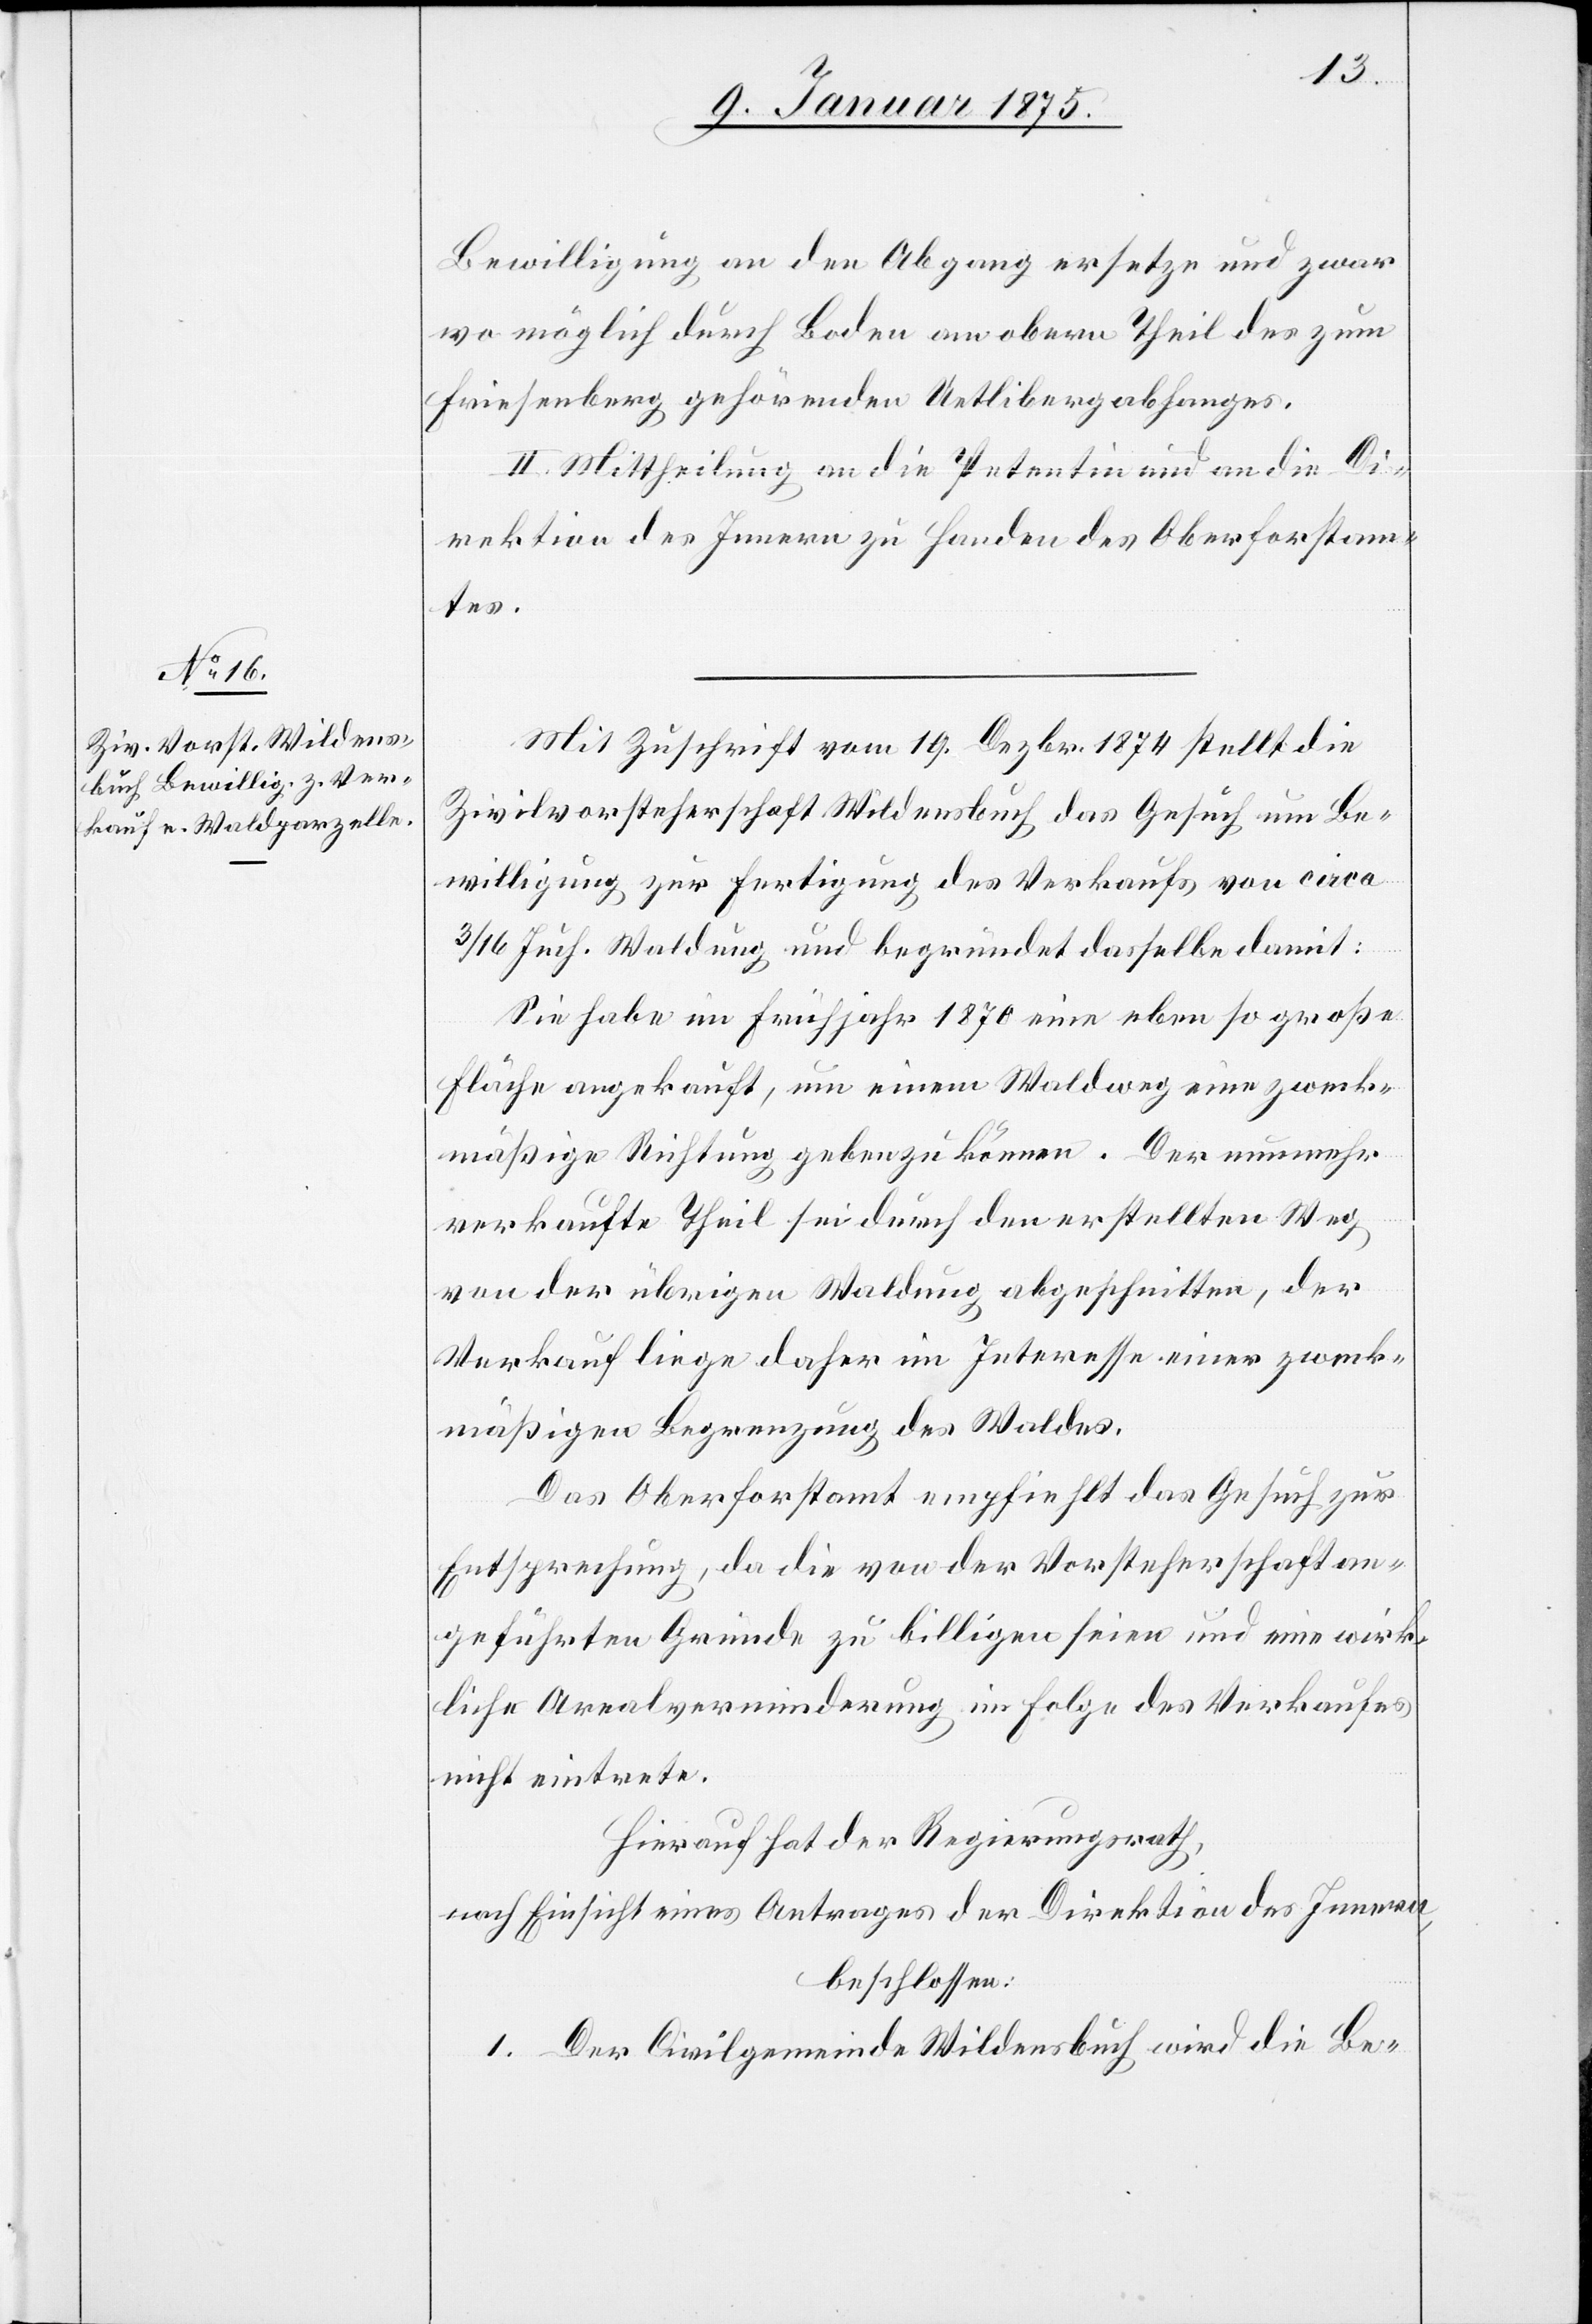
Bewilligung an den Abgang ersetze und zwar
wo möglich durch Boden am obern Theil des zum
Friesenberg gehörenden Uetlibergabhanges.
II. Mittheilung an die Petentin und an die Di¬
rektion des Innern zu Handen des Oberforstam¬
tes.
Mit Zuschrift vom 19. Dezbr. 1874 stellt die
Zivilvorsteherschaft Wildensbuch das Gesuch um Be¬
willigung zur Fertigung des Verkaufs von circa
3/16 Juch. Waldung und begründet dasselbe damit:
Sie habe im Frühjahr 1876 eine eben so große
Fläche angekauft, um einem Waldweg eine zweck¬
mäßige Richtung geben zu können. Der nunmehr
verkaufte Theil sei durch den erstellten Weg
von der übrigen Waldung abgeschnitten, der
Verkauf liege daher im Interesse einer zweck¬
mäßigen Begrenzung des Waldes.
Das Oberforstamt empfiehlt das Gesuch zur
Entsprechung, da die von der Vorsteherschaft an¬
geführten Gründe zu billigen seien und eine wirk¬
liche Arealverminderung in Folge des Verkaufes
nicht eintrete.
Hierauf hat der Regierungsrath,
nach Einsicht eines Antrages der Direktion des Innern,
beschlossen:
1. Der Civilgemeinde Wildensbuch wird die Be-